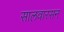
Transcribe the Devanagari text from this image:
सालवारसन